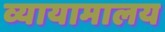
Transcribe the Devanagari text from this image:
व्यायामालय